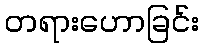
တရားဟောခြင်း